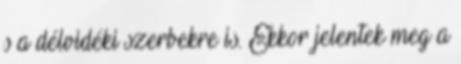
s a délvidéki szerbekre is. Ekkor jelentek meg a